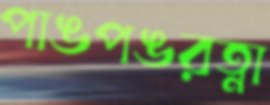
পাঙপঙরত্না